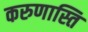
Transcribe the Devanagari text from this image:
करुणास्ति